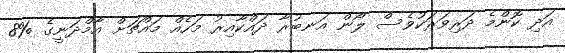
އަދި ކޮންމެ ދަރިވަރަކުވެސް ލޯން އަނބުރާ ދައްކާއިރު މަހެއް މައްޗަށް އާމްދަނީގެ %8